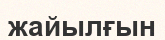
жайылғын